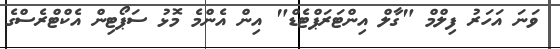
ވަނަ އަހަރު ފިލްމް "ގާލް އިންޓަރަޕްޓެޑް" އިން އެންމެ މޮޅު ސަޕޯޓިން އެކްޓްރެސްގެ